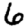
Digit: 6